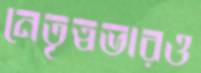
নেতৃত্বভারও